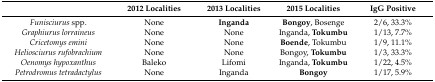
<table><thead><tr><td></td><td><b>2012 Localities</b></td><td><b>2013 Localities</b></td><td><b>2015 Localities</b></td><td><b>IgG Positive</b></td></tr></thead><tbody><tr><td><i>Funisciurus</i> spp.</td><td>None</td><td><b>Inganda</b></td><td><b>Bongoy</b>, Bosenge</td><td>2/6, 33.3%</td></tr><tr><td><i>Graphiurus lorraineus</i></td><td>None</td><td>None</td><td>Inganda, <b>Tokumbu</b></td><td>1/13, 7.7%</td></tr><tr><td><i>Cricetomys emini</i></td><td>None</td><td>None</td><td><b>Boende</b>, Tokumbu</td><td>1/9, 11.1%</td></tr><tr><td><i>Heliosciurus rufobrachium</i></td><td>None</td><td>None</td><td>Bongoy, <b>Tokumbu</b></td><td>1/3, 33.3%</td></tr><tr><td><i>Oenomys hypoxanthus</i></td><td>Baleko</td><td>Lifomi</td><td>Inganda, <b>Tokumbu</b></td><td>1/22, 4.5%</td></tr><tr><td><i>Petrodromus tetradactylus</i></td><td>None</td><td>Inganda</td><td><b>Bongoy</b></td><td>1/17, 5.9%</td></tr></tbody></table>